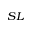
_ { S L }